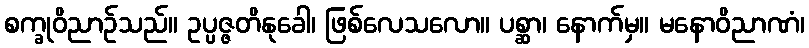
စက္ခုဝိညာဉ်သည်။ ဥပ္ပဇ္ဇတိနုခေါ၊ ဖြစ်လေသလော။ ပစ္ဆာ၊ နောက်မှ။ မနောဝိညာဏံ၊